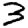
Digit: 3